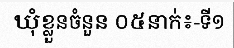
ឃុំខ្លួនចំនួន ០៥នាក់៖-ទី១